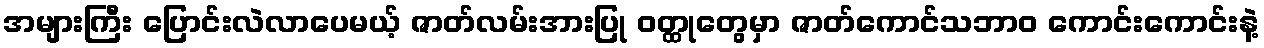
အများကြီး ပြောင်းလဲလာပေမယ့် ဇာတ်လမ်းအားပြု ဝတ္ထုတွေမှာ ဇာတ်ကောင်သဘာဝ ကောင်းကောင်းနဲ့